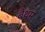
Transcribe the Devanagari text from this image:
बैथम